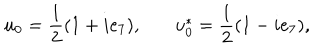
u _ { 0 } = \frac { 1 } { 2 } ( 1 + i e _ { 7 } ) , ~ u _ { 0 } ^ { * } = \frac { 1 } { 2 } ( 1 - i e _ { 7 } ) ,